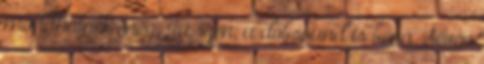
mondhatnék még. Ja, igen, a dobsound is béna. Seven